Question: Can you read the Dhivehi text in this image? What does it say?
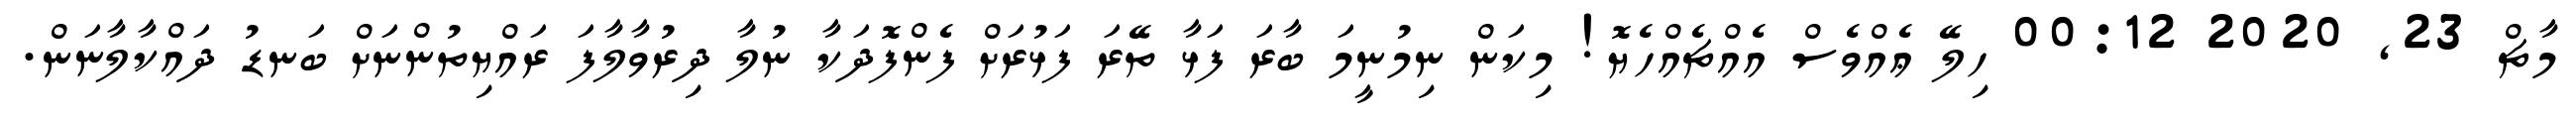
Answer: މާޗް 23, 2020 00:12 ހިލޭ ޢެއްވެސް އެއްޗެއްހެޔޮ! މިކަން ނިމުނީމަ ބާރަ ފަޅާ ތޭރަ ފަޅުރަށް ފެންފޮދަކާ ނުލާ ދިރުވާލާފަ ރައްޔިތުންނަށް ބަނޑު ދައްކާލާނަން.